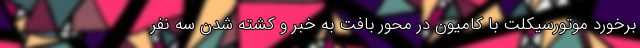
برخورد موتورسیکلت با کامیون در محور بافت به خَبر و کشته شدن سه نفر